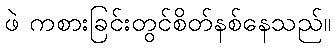
ဖဲ ကစားခြင်းတွင်စိတ်နစ်နေသည်။